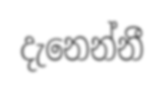
දැනෙන්නී